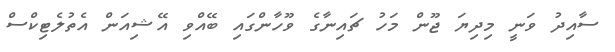
ސާއިދު ވަނީ މިދިޔަ ޖޫން މަހު ޗައިނާގެ ވޫހާންގައި ބޭއްވި އޭޝިއަން އެތުލެޓިކްސް